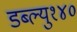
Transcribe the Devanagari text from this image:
डब्ल्यु१४०